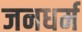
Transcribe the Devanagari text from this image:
जनधर्म